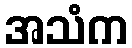
အသံက